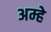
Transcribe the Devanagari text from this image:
अम्हे